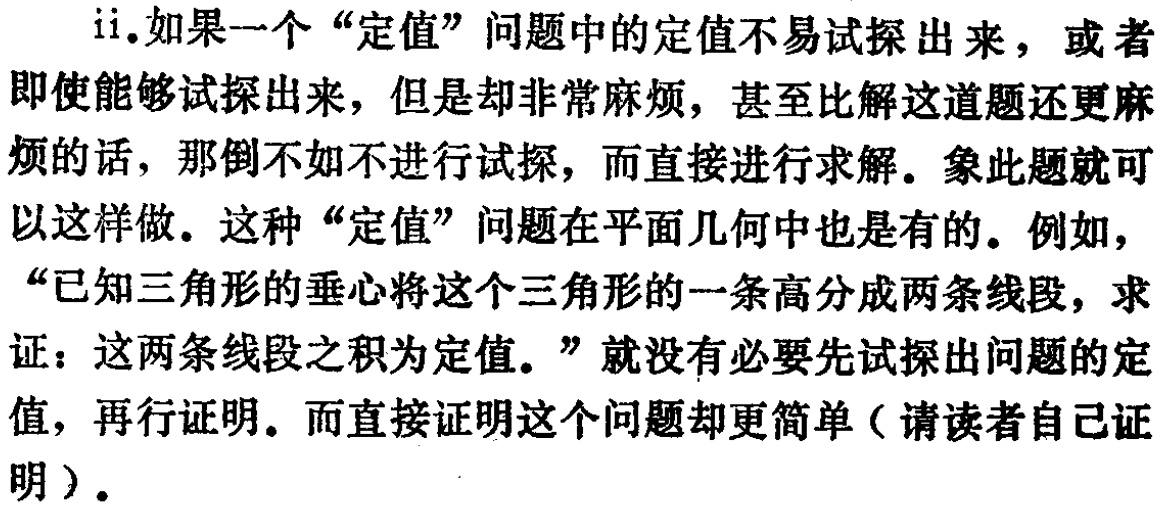
ii.如果一个“定值”问题中的定值不易试探出来，或者即使能够试探出来，但是却非常麻烦，甚至比解这道题还更麻烦的话，那倒不如不进行试探，而直接进行求解。象此题就可以这样做。这种“定值”问题在平面几何中也是有的。例如，“已知三角形的垂心将这个三角形的一条高分成两条线段，求证：这两条线段之积为定值。”就没有必要先试探出问题的定值，再行证明。而直接证明这个问题却更简单（请读者自己证明）。